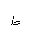
Letter: _da